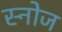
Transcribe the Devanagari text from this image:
स्नोज